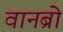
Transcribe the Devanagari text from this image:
वानब्रो